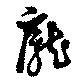
龐